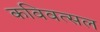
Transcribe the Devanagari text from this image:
कविवत्सल